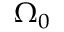
\Omega _ { 0 }